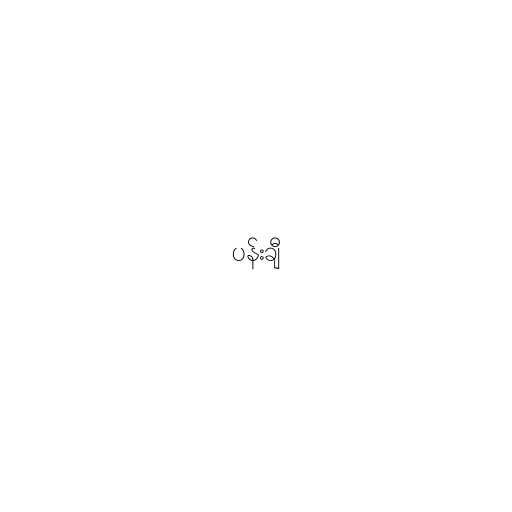
ပန်းချီ